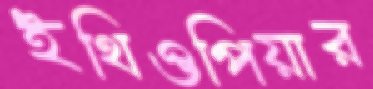
ইথিওপিয়ার